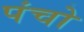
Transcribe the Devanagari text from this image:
पंचो